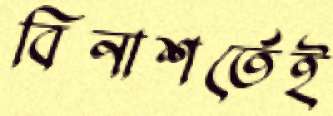
বিনাশর্তেই